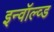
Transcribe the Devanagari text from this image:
इन्वॉल्व्ड